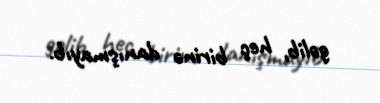
gəlib, heç birinə danışmayıb.